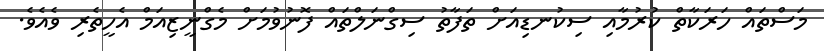
މަސްތައް ހަރަކާތް ކުރުމާއި ސިކުނޑިއަށް ތަފާތު ސިގްނަލްތައް ފޮނުވުމަށް މެގްނީޒިއަމް އެހީތެރި ވެއެވެ.